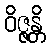
ဝိဇ္ဇန္တိ